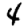
Digit: 4